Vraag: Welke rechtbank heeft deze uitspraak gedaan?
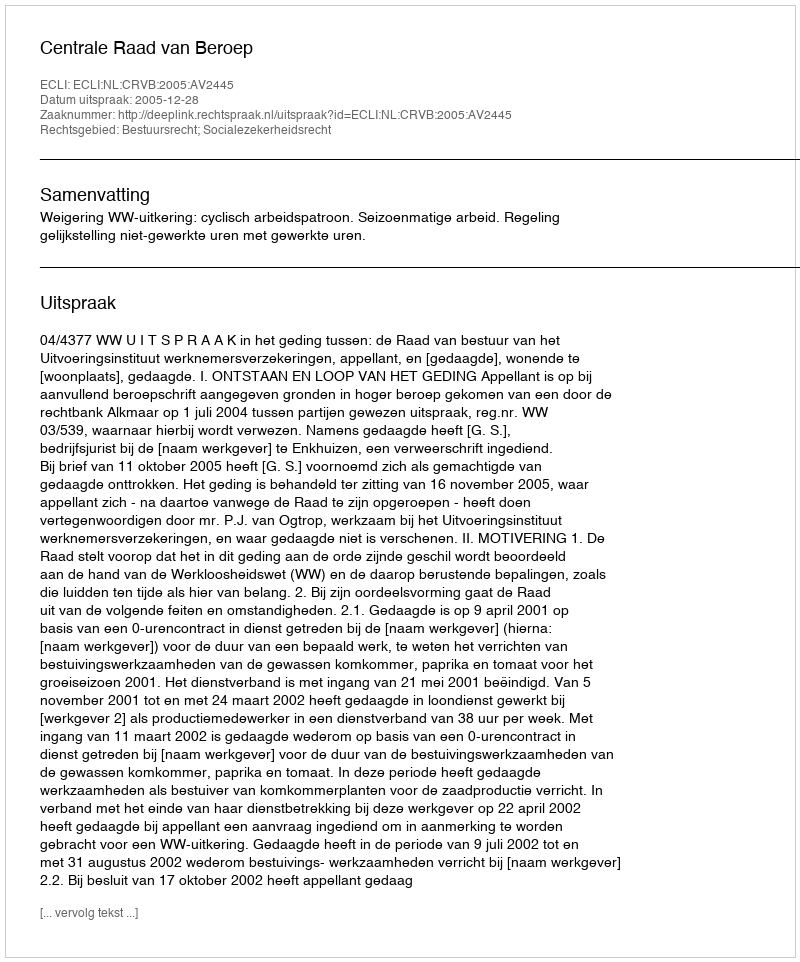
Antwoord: Centrale Raad van Beroep